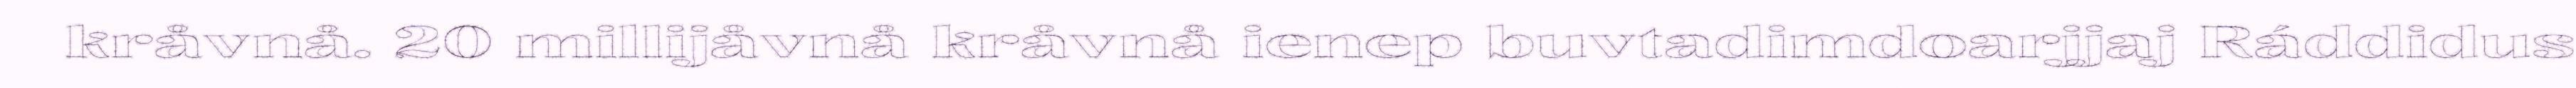
kråvnå. 20 millijåvnå kråvnå ienep buvtadimdoarjjaj Ráddidus